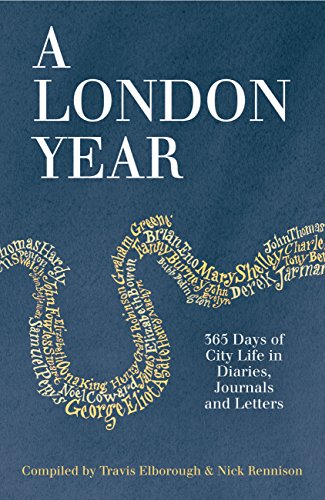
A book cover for A London Year: 365 Days of City Life in Diaries, Journals and Letters; Literature & Fiction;